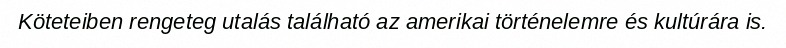
Köteteiben rengeteg utalás található az amerikai történelemre és kultúrára is.